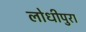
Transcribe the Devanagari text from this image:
लोधीपुरा